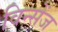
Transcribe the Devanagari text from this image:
विन्सेंज